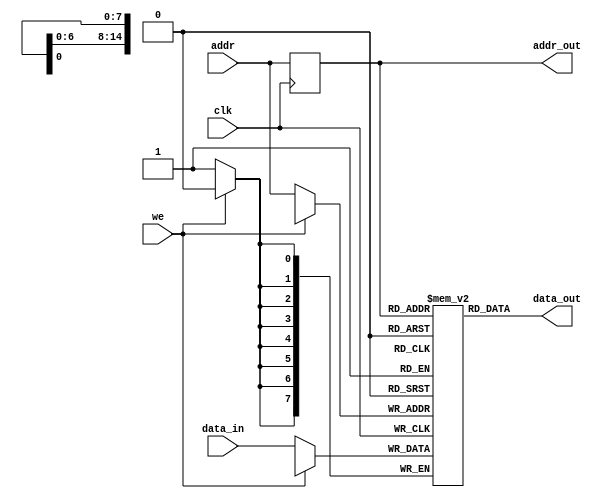
module RAM_NM

#(parameter DATA_WIDTH=8, parameter ADDR_WIDTH=15)

(
    input [(DATA_WIDTH-1):0] data_in,
    input [(ADDR_WIDTH-1):0] addr,
    input we, clk,
    output [(DATA_WIDTH-1):0] data_out,
    output [(ADDR_WIDTH-1):0] addr_out
);

    reg [DATA_WIDTH-1:0] ram[0:2**ADDR_WIDTH-1];
    reg [ADDR_WIDTH-1:0] addr_reg;

    wire w_we = ~ we;
    wire w_clk = ~ clk;

    always @ (posedge w_clk)
    begin
        if (w_we)      
            ram[addr] <= data_in;

        addr_reg <= addr;
    end

    assign data_out = ram[addr_reg];
    assign addr_out = addr_reg;        
endmodule